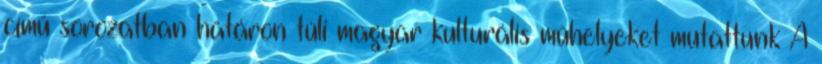
című sorozatban határon túli magyar kulturális műhelyeket mutattunk A